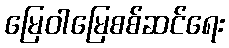
မြေဝါမြေစစ်ဆင်ရေး